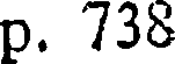
p. 738